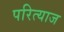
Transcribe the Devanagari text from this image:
परित्याज